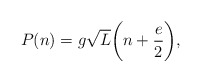
\begin{align*}P(n)=g\sqrt L\bigg(n+\frac{e}{2}\bigg),\end{align*}